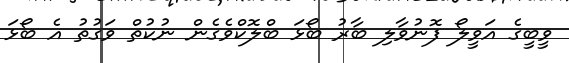
ވީބީގެ އަވީލޯ ފޮނުވާލި ބާރު ބޯޅަ ބްލޮކްވެގެން ނުކުތް ވަގުތު އެ ބޯޅަ